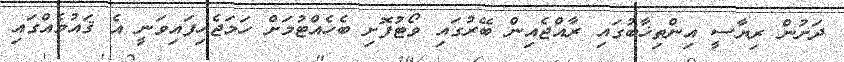
ދަށުން ރިޔާސީ އިންތިޚާބުގައި ރާއްޖެއިން ބޭރުގައި ވޯޓުފޮށި ބެހެއްޓުމަށް ހަމަޖެހިފައިވަނީ އެ ޤައުމެއްގައި